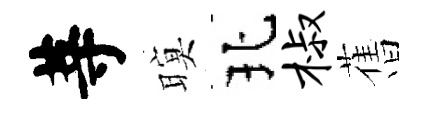
䓁暝北椒𦾔